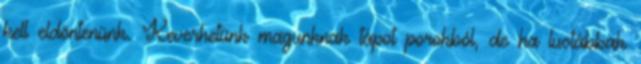
kell eldöntenünk. Keverhetünk magunknak tápot porokból, de ha lustábbak